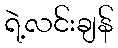
ရဲ့လင်းချန်